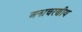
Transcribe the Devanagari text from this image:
अनाचरणीय